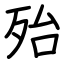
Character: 殆